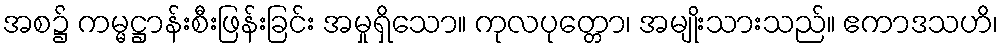
အစ၌ ကမ္မဋ္ဌာန်းစီးဖြန်းခြင်း အမှုရှိသော။ ကုလပုတ္တော၊ အမျိုးသားသည်။ ဧကာဒသဟိ၊